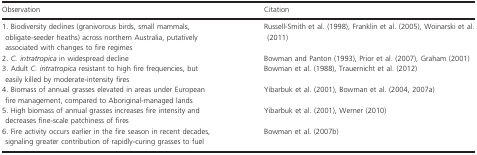
<table><thead><tr><td><b>Observation</b></td><td><b>Citation</b></td></tr></thead><tbody><tr><td>1. Biodiversity declines (granivorous birds, small mammals, obligate-seeder heaths) across northern Australia, putatively associated with changes to fire regimes</td><td>Russell-Smith et al. (1998), Franklin et al. (2005), Woinarski et al. (2011)</td></tr><tr><td>2. <i>C. intratropica</i> in widespread decline</td><td>Bowman and Panton (1993), Prior et al. (2007), Graham (2001)</td></tr><tr><td>3. Adult <i>C. intratropica</i> resistant to high fire frequencies, but easily killed by moderate-intensity fires</td><td>Bowman et al. (1988), Trauernicht et al. (2012)</td></tr><tr><td>4. Biomass of annual grasses elevated in areas under European fire management, compared to Aboriginal-managed lands</td><td>Yibarbuk et al. (2001), Bowman et al. (2004, 2007a)</td></tr><tr><td>5. High biomass of annual grasses increases fire intensity and decreases fine-scale patchiness of fires</td><td>Yibarbuk et al. (2001), Werner (2010)</td></tr><tr><td>6. Fire activity occurs earlier in the fire season in recent decades, signaling greater contribution of rapidly-curing grasses to fuel</td><td>Bowman et al. (2007b)</td></tr></tbody></table>